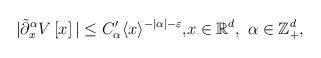
LaTeX: \begin{align*}|\tilde \partial_x^\alpha V\left[x\right]|\leq C_\alpha^\prime\langle x\rangle^{-|\alpha|-\varepsilon},& x\in\mathbb{R}^d, \ \alpha\in\mathbb{Z}_{+}^d,\end{align*}